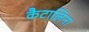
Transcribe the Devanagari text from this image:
कैटालिना